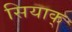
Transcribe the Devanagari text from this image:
सियाक्